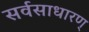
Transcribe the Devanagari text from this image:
सर्वसाधारण्